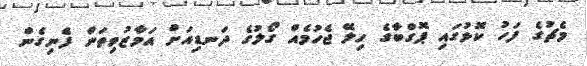
މެޗުގެ ފަހު ކޮޅުގައި ޕޮގްބާގެ ހިލޭ ޖެހުމެއް ގޯލުގެ ދަނޑިއަށް އަމާޒުވިތަން ފެނިގެން